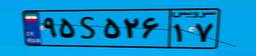
۹۲S۲۸۴۵۱